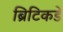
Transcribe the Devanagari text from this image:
ब्रिटिकडे